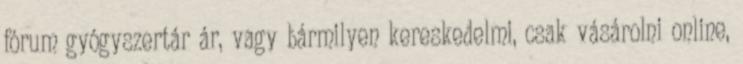
fórum gyógyszertár ár, vagy bármilyen kereskedelmi, csak vásárolni online,